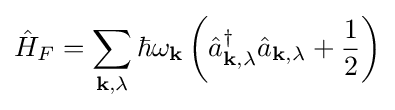
{\hat {H}}_{F}=\sum _{\mathbf {k} ,\lambda }\hbar \omega _{\mathbf {k} }\left({\hat {a}}_{\mathbf {k} ,\lambda }^{\dagger }{\hat {a}}_{\mathbf {k} ,\lambda }+{\frac {1}{2}}\right)